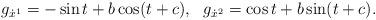
LaTeX: \begin{align*}g_{\dot{x}^{1}}=-\sin t+ b\cos (t+c),~~g_{\dot{x}^{2}}=\cos t+ b\sin (t+c).\end{align*}